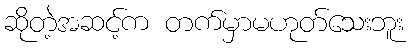
ဆိုတဲ့အဆင့်က တက်မှာမဟုတ်သေးဘူး